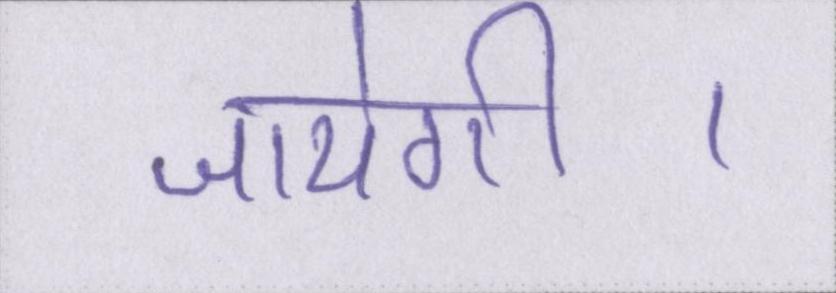
जायेगी।